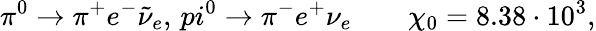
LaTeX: \pi^{0}\rightarrow\pi^{+}e^{-}\tilde{\nu}_{e},\, pi^{0}\rightarrow\pi^{-}e^{+}\nu_{e}\qquad\chi_{0}=8.38\cdot 10^{3},